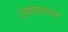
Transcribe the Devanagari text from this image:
राजमाताज्ज़